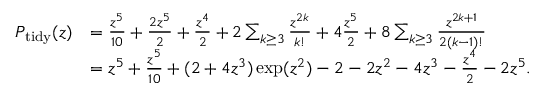
\begin{array} { r l } { P _ { \mathrm { t i d y } } ( z ) } & { = \frac { z ^ { 5 } } { 1 0 } + \frac { 2 z ^ { 5 } } { 2 } + \frac { z ^ { 4 } } { 2 } + 2 \sum _ { k \geq 3 } \frac { z ^ { 2 k } } { k ! } + 4 \frac { z ^ { 5 } } { 2 } + 8 \sum _ { k \geq 3 } \frac { z ^ { 2 k + 1 } } { 2 ( k - 1 ) ! } } \\ & { = z ^ { 5 } + \frac { z ^ { 5 } } { 1 0 } + ( 2 + 4 z ^ { 3 } ) \exp ( z ^ { 2 } ) - 2 - 2 z ^ { 2 } - 4 z ^ { 3 } - \frac { z ^ { 4 } } { 2 } - 2 z ^ { 5 } . } \end{array}